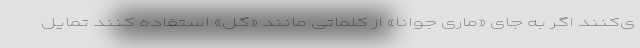
ی‌کنند اگر به جای «ماری جوانا» از کلماتی مانند «گل» استفاده کنند تمایل